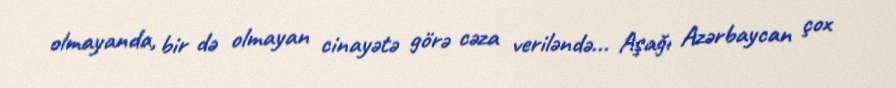
olmayanda, bir də olmayan cinayətə görə cəza veriləndə... Aşağı Azərbaycan çox